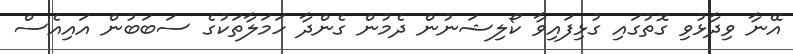
އޭނާ ވިދާޅުވި ގޮތުގައި ގުޅިފައިވާ ކޯލިޝަނުން ދެމުން ގެންދާ ހަމަލާތަކުގެ ސަބަބުން އައިއެސް